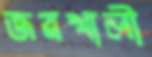
জয়খালী